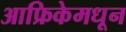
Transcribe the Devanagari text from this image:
आफ्रिकेमधून